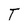
Character: T